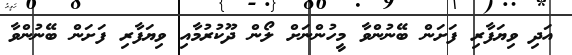
އަދި ވިޔަފާރި ފަށަން ބޭނުންވާ މީހުންނަށް ލޯން ދޫކުރުމާއި ވިޔަފާރި ފަށަން ބޭނުންވާ